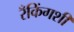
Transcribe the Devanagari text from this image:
रँकिंगशी